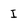
Character: I